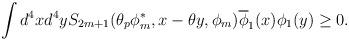
LaTeX: \begin{align*}\int d^{4}x d^{4}y S_{2m + 1} (\theta_{p} \phi_{m}^{\ast } ,x - \theta y,\phi_{m} ) \overline{\phi }_{1} (x)\phi_{1} (y) \geq 0.\end{align*}